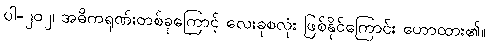
ပါ-၂၀၂၊ အဓိကရုဏ်းတစ်ခုကြောင့် လေးခုစလုံး ဖြစ်နိုင်ကြောင်း ဟောထား၏။